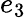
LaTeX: e_{3}